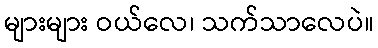
များများ ဝယ်လေ၊ သက်သာလေပဲ။